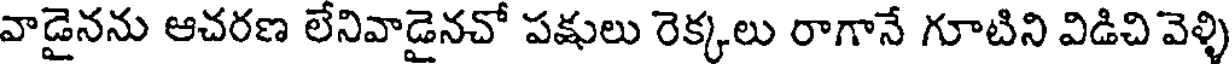
వాడైనను ఆచరణ లేనివాడైనచో పక్షులు రెక్కలు రాగానే గూటిని విడిచి వెళ్ళి